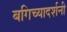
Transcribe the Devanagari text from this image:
बगिच्यादर्शनी